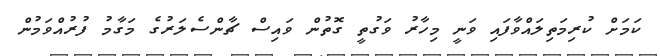
ކަމަށް ކުރިމަތިލައްވާފައި ވަނީ މިހާރު ވަގުތީ ގޮތުން ވައިސް ޗާންސެލަރުގެ މަގާމު ފުރުއްވަމުން